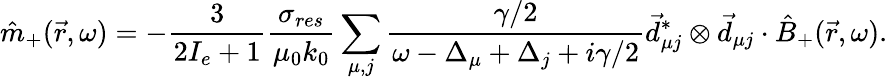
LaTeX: \hat{m}_{+}(\vec{r},\omega)=-\frac{3}{2I_{e}+1}\frac{\sigma_{res}}{\mu_{0}k_{0}}\sum_{\mu,j}\frac{\gamma/2}{\omega-\Delta_{\mu}+\Delta_{j}+i\gamma/2}\vec{d}_{\mu j}^{*}\otimes\vec{d}_{\mu j}\cdot\hat{B}_{+}(\vec{r},\omega).